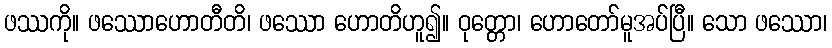
ဖဿကို။ ဖဿောဟောတီတိ၊ ဖဿော ဟောတိဟူ၍။ ဝုတ္တော၊ ဟောတော်မူအပ်ပြီ။ သော ဖဿော၊